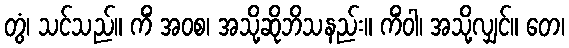
တွံ၊ သင်သည်။ ကိံ အဝစ၊ အသို့ဆိုဘိသနည်း။ ကိံဝါ၊ အသို့လျှင်။ တေ၊